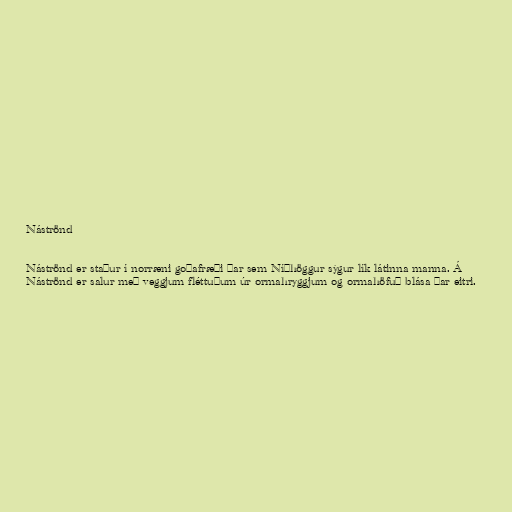
Náströnd

Náströnd er staður í norræni goðafræði þar sem Níðhöggur sýgur lík látinna manna. Á
Náströnd er salur með veggjum fléttuðum úr ormahryggjum og ormahöfuð blása þar eitri.